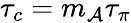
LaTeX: \tau_{c}=m_{\mathcal{A}}\tau_{\pi}